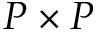
P \times P